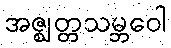
အဇ္ဈတ္တသမ္ဘဝေါ